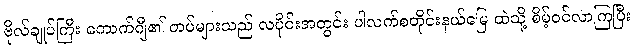
ဗိုလ်ချုပ်ကြီး ကောက်ဂျီ၏ တပ်များသည် လပိုင်းအတွင်း ပါလက်စတိုင်းနယ်မြေ ထဲသို့ စိမ့်ဝင်လာကြပြီး